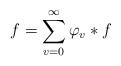
LaTeX: \begin{align*}f=\sum_{v=0}^{\infty }\varphi _{v}\ast f \end{align*}